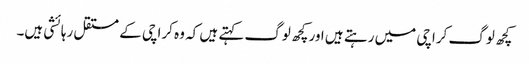
کچھ لوگ کراچی میں رہتے ہیں اور کچھ لوگ کہتے ہیں کہ وہ کراچی کے مستقل رہائشی ہیں۔